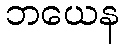
ဘယေန